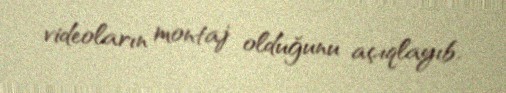
videoların montaj olduğunu açıqlayıb.